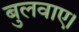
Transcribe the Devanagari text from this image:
बुलवाए।